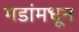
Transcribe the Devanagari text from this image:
गडांमधून